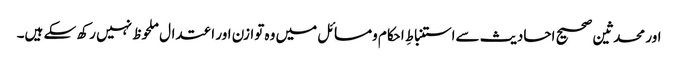
اور محدثین صحیح احادیث سےاستنباطِ احکام ومسائل میں وہ توازن اور اعتدال ملحوظ نہیں رکھ سکے ہیں۔